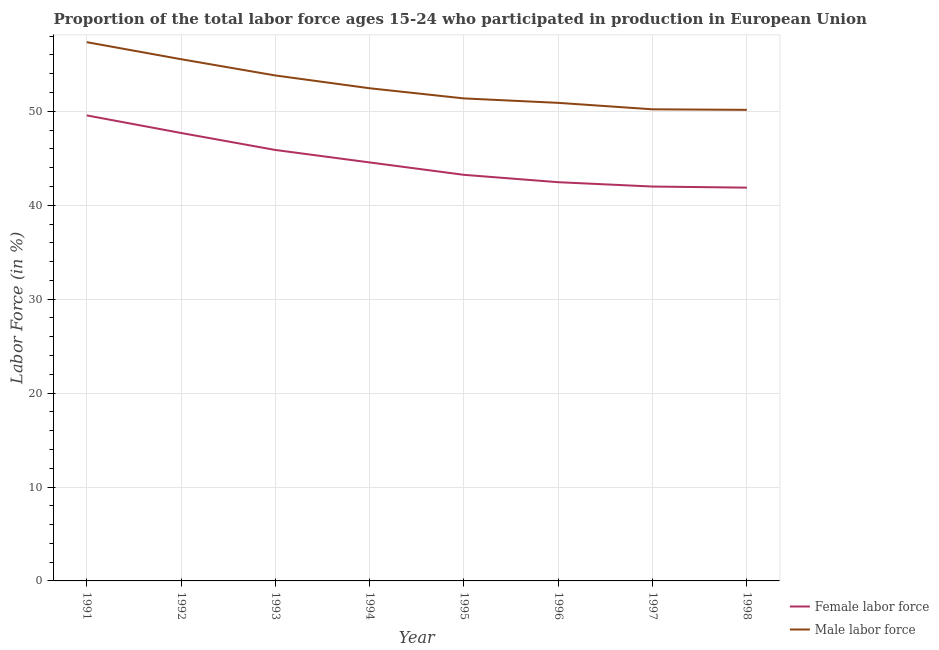
| Year | Female labor force | Male labor force |
 | --- | --- | --- |
 | 1991 | 49.6 | 57.4 |
 | 1992 | 47.7 | 55.6 |
 | 1993 | 45.9 | 53.8 |
 | 1994 | 44.6 | 52.5 |
 | 1995 | 43.2 | 51.4 |
 | 1996 | 42.5 | 50.9 |
 | 1997 | 42 | 50.2 |
 | 1998 | 41.9 | 50.2 |